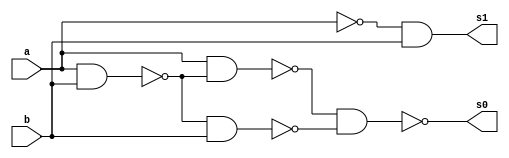
// Nome: Henrique Carvalho Parreira

module meiadiferenca (s0, s1, a, b);
 output s0, s1;
 input  a, b;
 wire s2,s3,s4,s5,s6,s7;


 
 nand nandgate1 (s2, a, b);
 nand nandgate7 (s6, a, a);
 nand nandgate2 (s7, s6, b);
 nand nandgate8 (s1, s7, s7);
 nand nandgate3 (s3, a, b);
 nand nandgate4 (s4, a, s3);
 nand nandgate5 (s5, s3, b);
 nand nandgate6 (s0, s4, s5);

endmodule 



module diferencacompleta(s0, s1, a, b, v);

wire q0,q1,q2;
output s0, s1;
input a, b, v;



meiadiferenca MD1 (q0, q1, a, b);
meiadiferenca MD2 (s0, q2, v, q0);
or OR1 (s1, q1, q2);


endmodule 




module testediferencacompleta;
 reg   a, b, v;             
 wire  s0, s1;
         

 diferencacompleta DIFERENCACOMPLETA1 (s0, s1, a, b, v);

 initial begin:start
      a=0; b=0; v=0;
 end


          
 initial begin:main
      $display("Nome: Henrique Carvalho Parreira - 347133");
      $display("Diferenca completa usandos duas meia diferenca com portas NAND.");
      $display("\nv a b = s1 s0\n");
      $monitor(" %b %b %b = %b %b", v, a, b, s1, s0);
#1 a=0;b=1;v=0;
#1 a=1;b=0;v=0;
#1 a=1;b=1;v=0;
#1 a=0;b=0;v=1;
#1 a=0;b=1;v=1;
#1 a=1;b=0;v=1;
#1 a=1;b=1;v=1;
  
 end

endmodule